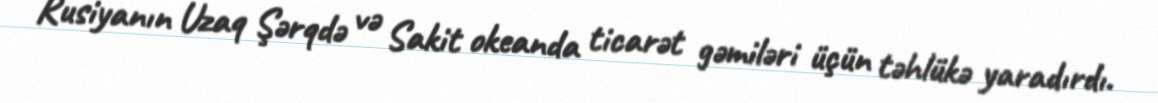
Rusiyanın Uzaq Şərqdə və Sakit okeanda ticarət gəmiləri üçün təhlükə yaradırdı.